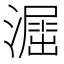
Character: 𣿲